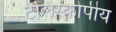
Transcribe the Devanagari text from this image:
टेलिस्कोपीय